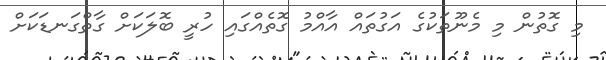
މި ގޮތުން މި މެނޫތަކުގެ އަގުތައް އާއްމު ގޮތެއްގައި ހުރީ ބޮލަކަށް ގާތްގަނޑަކަށް